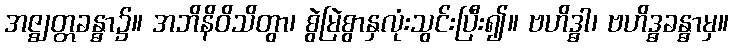
အဇ္ဈတ္တခန္ဓာ၌။ အဘိနိဝိသိတွာ၊ စွဲမြဲစွာနှလုံးသွင်းပြီး၍။ ဗဟိဒ္ဓါ၊ ဗဟိဒ္ဓခန္ဓာမှ။